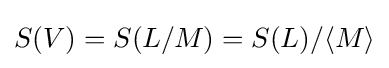
S(V)=S(L/M)=S(L)/\langle M\rangle